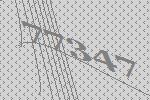
77347